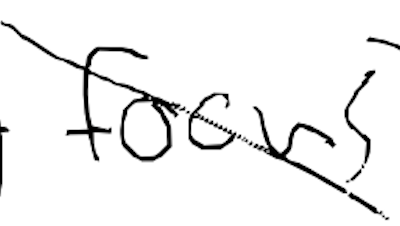
Text: focus
Cross-out: diagonal
Writing tool: digital_black